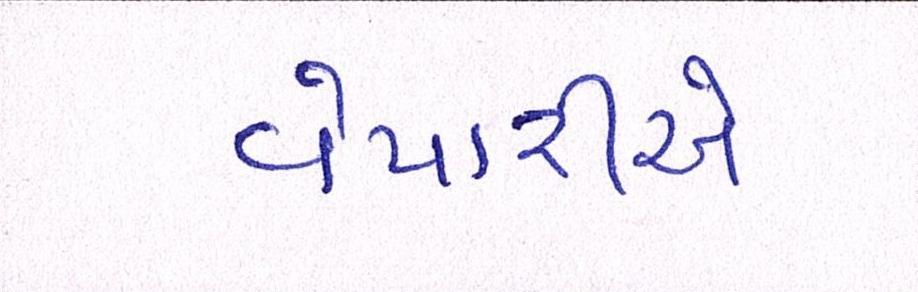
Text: વેપારીએ